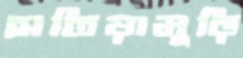
হাতিয়ামুড়ি